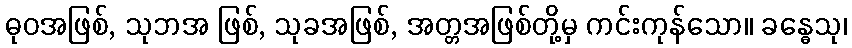
ဓုဝအဖြစ်, သုဘအ ဖြစ်, သုခအဖြစ်, အတ္တအဖြစ်တို့မှ ကင်းကုန်သော။ ခန္ဓေသု၊